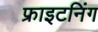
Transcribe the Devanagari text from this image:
फ्राइटनिंग